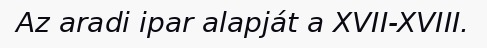
Az aradi ipar alapját a XVII-XVIII.